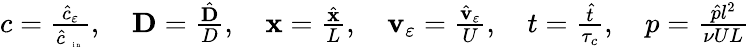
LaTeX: \begin{array}{r}{c=\frac{{\hat{c}}_{\varepsilon}}{\hat{c}_{\mathrm{~\tiny~{~i~n~}~}}},\quad\textbf{D}=\frac{{\hat{\mathbf D}}}{D},\quad\mathbf x=\frac{{\hat{\mathbf x}}}{L},\quad\mathbf v_{\varepsilon}=\frac{\hat{\mathbf v}_{\varepsilon}}{U},\quad t=\frac{{\hat{t}}}{\tau_{c}},\quad p=\frac{{\hat{p}}l^{2}}{{\nu}UL}}\end{array}